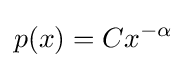
p(x)=Cx^{-\alpha }